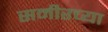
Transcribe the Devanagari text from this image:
समीरच्या